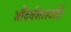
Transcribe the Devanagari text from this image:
सौंदर्यशास्त्रहि